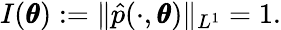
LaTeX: I(\pmb\theta):=\| \hat{p}(\cdot,\pmb\theta)\| _{L^{1}}=1.